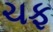
ચફ